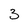
Character: 3